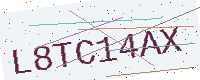
Text: L8TC14AX